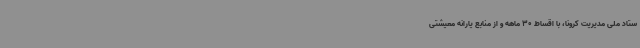
ستاد ملی مدیریت کرونا، با اقساط 30 ماهه و از منابع یارانه معیشتی